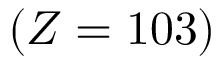
( Z = 1 0 3 )